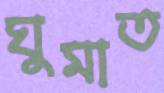
ঘুমাত